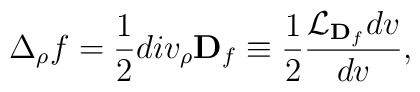
\Delta _{\rho} f =\frac{1}{2}div_{\rho} {\bf D}_{f}\equiv \frac{1}{2}\frac{{\cal L}_{{\bf D}_f} dv}{dv},